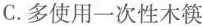
C.多使用一次性木筷